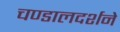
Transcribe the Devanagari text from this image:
चण्डालदर्शने